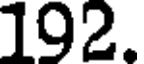
192.